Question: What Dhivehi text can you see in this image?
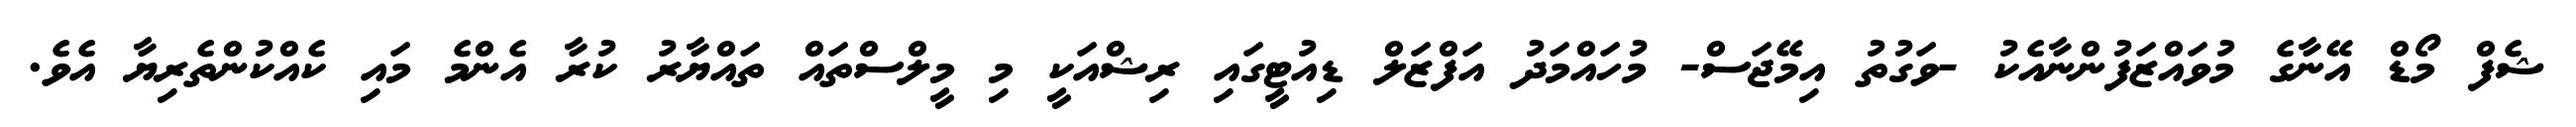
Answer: ޝެފް މޯޑް އޭނާގެ މުވައްޒަފުންނާއެކު -ވަގުތު އިމޭޖަސް- މުހައްމަދު އަފްޒަލް ޑިއުޓީގައި ރިޝްއަކީ މި މީލްސްތައް ތައްޔާރު ކުރާ އެންމެ މައި ކެއްކުންތެރިޔާ އެވެ.